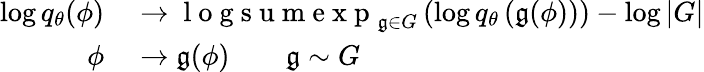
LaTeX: \begin{array}{rl}{\log q_{\theta}(\phi)}&{{}\rightarrow\mathrm{~l~o~g~s~u~m~e~x~p~}_{\mathfrak{g}\in G}\left(\log q_{\theta}\left(\mathfrak{g}(\phi)\right)\right)-\log\left|G\right|}\\ {\phi}&{{}\rightarrow\mathfrak{g}(\phi)\qquad\mathfrak{g}\sim G}\end{array}